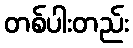
တစ်ပါးတည်း